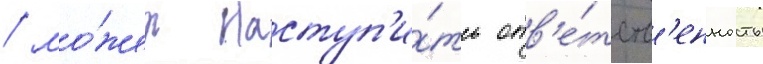
/ мо́жет наступ'и́ть отв'е́тств'енность